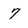
Character: 7